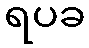
ရပခ